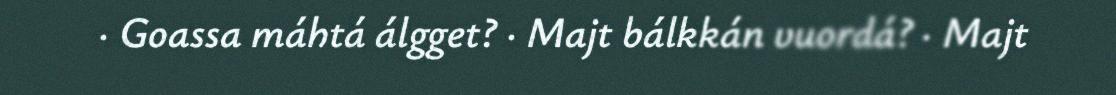
· Goassa máhtá álgget? · Majt bálkkán vuordá? · Majt